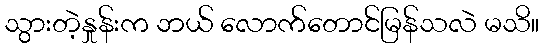
သွားတဲ့နှုန်းက ဘယ် လောက်တောင်မြန်သလဲ မသိ။